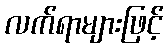
လက်ရာများဖြင့်